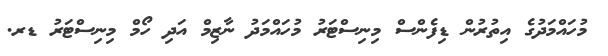
މުހައްމަދުގެ އިތުރުން ޑިފެންސް މިނިސްޓަރު މުހައްމަދު ނާޒިމް އަދި ހޯމް މިނިސްޓަރު ޑރ.